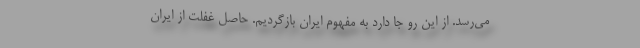
می‌رسد. از این رو جا دارد به مفهوم ایران بازگردیم. حاصل غفلت از ایران